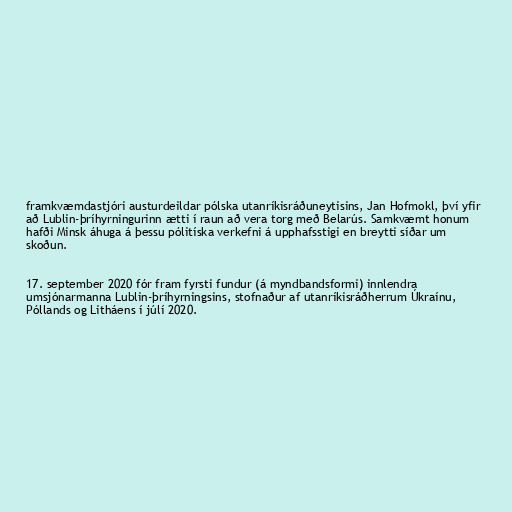
framkvæmdastjóri austurdeildar pólska utanríkisráðuneytisins, Jan Hofmokl, því yfir
að Lublin-þríhyrningurinn ætti í raun að vera torg með Belarús. Samkvæmt honum
hafði Minsk áhuga á þessu pólitíska verkefni á upphafsstigi en breytti síðar um
skoðun.

17. september 2020 fór fram fyrsti fundur (á myndbandsformi) innlendra
umsjónarmanna Lublin-þríhyrningsins, stofnaður af utanríkisráðherrum Úkraínu,
Póllands og Litháens í júlí 2020.